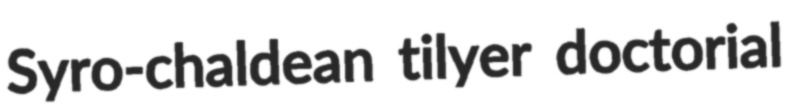
Syro-chaldean tilyer doctorial